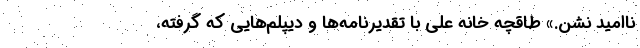
ناامید نشن.» طاقچه خانه علی با تقدیرنامه‌ها و دیپلم‌هایی که گرفته،